Scottish Education Department, 1924
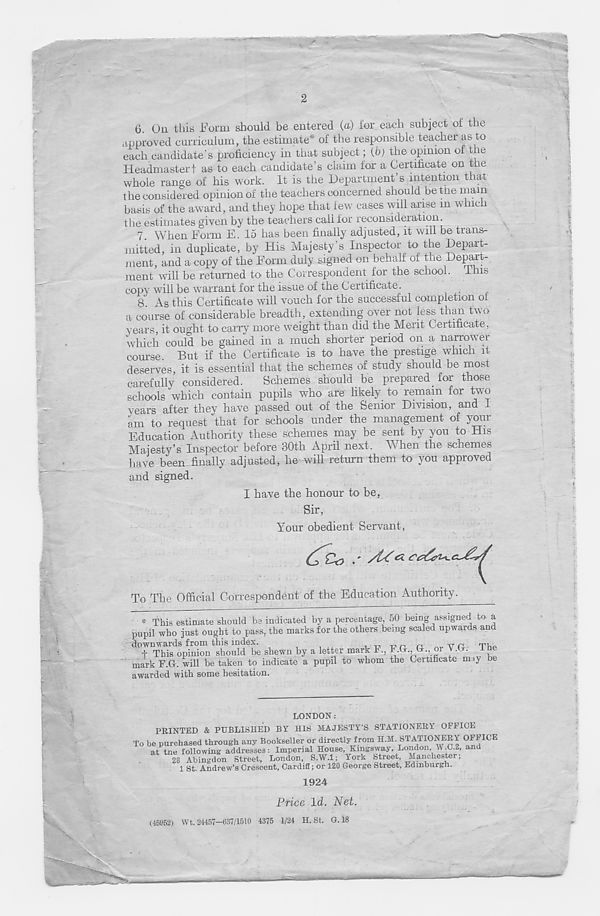
.
' wi
'
2
6. On this Form should be entered (a) for each subject of the
approved curriculum, the estimate* of the responsible teacher as to
each candidate’s proficiency in that subject; (b) the opinion of the
Headmastert as to each candidate’s claim for a Certificate on the
whole range of his work. It is the Department s intention that
t he considered opinion of the teachers concerned should be the mam
basis of the award, and they hope that few cases will arise in which
the estimates given by the teachers call for reconsideration.
7 When Form E. 15 has been finally adjusted, it will be trans-
mitted, in duplicate, by His Majesty’s Inspector to the Depart-
ment, and a copy of the Form duly signed on behalf of the Depart-
ment will be returned to the Correspondent for the school. Ibis
copy will be warrant for the issue of the Certificate.
S' As this Certificate will vouch for the successful completion of
a course of considerable breadth, extending over not less than two
years, it ought to cany more weight than did the Merit Certificate,
which could be gained in a much shorter period on a narrower
course. But if the Certificate is to have the prestige which it
deserves, it is essential that the schemes of study should be most
carefully considered.
Schemes should be prepared for those
schools which contain pupils who are likely to remain for two
years after they have passed out of the Senior Division, and I
am to request that for schools under the management of your
Education Authority these schemes may be sent by you to His
Majesty’s Inspector before 30th April next. When the schemes
have been finally adjusted, he will return them to you approved
and signed.
I have the honour to be,
Sir,
Your obedient Servant,
To The Official Correspondent of the Education Authority.
A-
UlclliV
-y
awarded with some hesitation.
LONDON:
1924
Price Id. Net.
(45952) Wt. 24457-637/1510 4375 1/24 H. St. G. 18